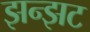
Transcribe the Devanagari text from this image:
झन्झट